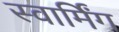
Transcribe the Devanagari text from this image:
स्वार्मिंग